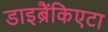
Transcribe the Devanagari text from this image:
डाइब्रैंकिएटा